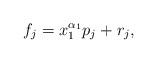
LaTeX: \begin{align*} f_j = x_1^{\alpha_1} p_j + r_j , \end{align*}